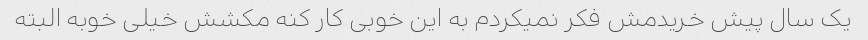
یک سال پیش خریدمش فکر نمیکردم به این خوبی کار کنه مکشش خیلی خوبه البته